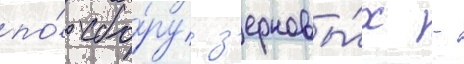
по́ сбо́ру з'ерновы́х -